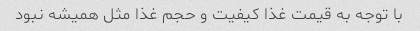
با توجه به قیمت غذا کیفیت و حجم غذا مثل همیشه نبود